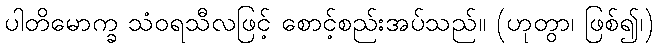
ပါတိမောက္ခ သံဝရသီလဖြင့် စောင့်စည်းအပ်သည်။ (ဟုတွာ၊ ဖြစ်၍၊)